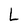
Character: L